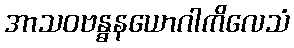
အာသဝဗန္ဓနယောဂါကိလေသံ